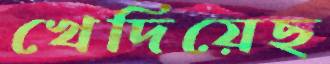
খেদিয়েছ